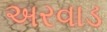
અરવાડ